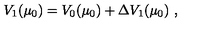
V _ { 1 } ( \mu _ { 0 } ) = V _ { 0 } ( \mu _ { 0 } ) + { \Delta } V _ { 1 } ( \mu _ { 0 } ) \ ,